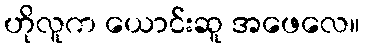
ဟိုလူက ယောင်းဆူ အဖေလေ။